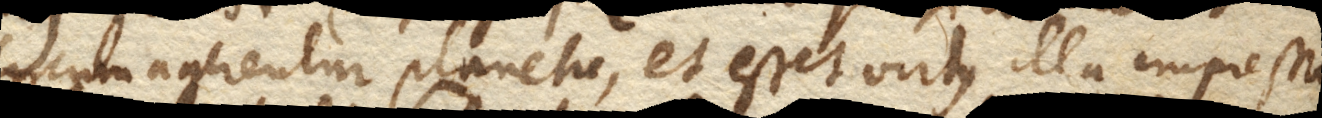
circumagerentur planetae, et esset virtus illa impressa